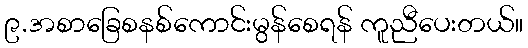
၉.အစာခြေစနစ်ကောင်းမွန်စေရန် ကူညီပေးတယ်။